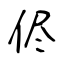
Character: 侭